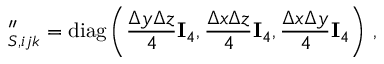
\mathbf \Lambda _ { S , i j k } ^ { \prime \prime } = \operatorname { d i a g } \left( \frac { \Delta y \Delta z } { 4 } \mathbf I _ { 4 } , \frac { \Delta x \Delta z } { 4 } \mathbf I _ { 4 } , \frac { \Delta x \Delta y } { 4 } \mathbf I _ { 4 } \right) \, ,